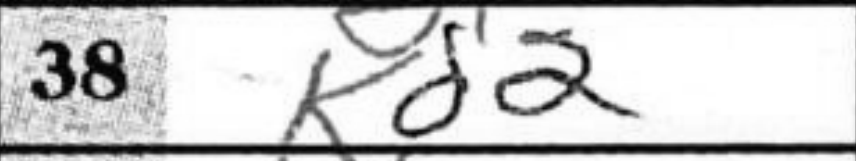
Transcription: Kd2